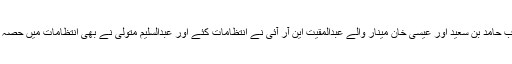
جناب حامد بن سعید اور عیسی خان مینار والے عبدالمقیت این آر آئی نے انتظامات کئے اور عبدالسلیم متولی نے بھی انتظامات میں حصہ لیا ۔